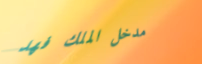
مدخل الملك فهد